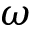
{ \boldsymbol \omega }